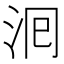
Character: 𭰁